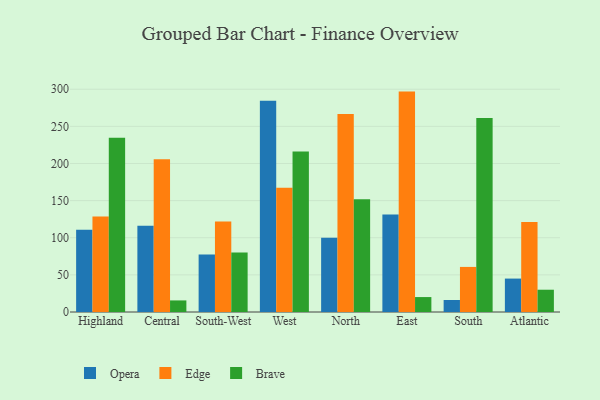
{"axis": {"x": "Region", "y": "Inventory Turnover"}, "legend": ["Brave", "Edge", "Opera"], "data": [{"x": "Highland", "y": 110.9, "type": "Opera"}, {"x": "Highland", "y": 128.7, "type": "Edge"}, {"x": "Highland", "y": 234.6, "type": "Brave"}, {"x": "Central", "y": 116.2, "type": "Opera"}, {"x": "Central", "y": 205.8, "type": "Edge"}, {"x": "Central", "y": 15.6, "type": "Brave"}, {"x": "South-West", "y": 77.6, "type": "Opera"}, {"x": "South-West", "y": 121.8, "type": "Edge"}, {"x": "South-West", "y": 80.1, "type": "Brave"}, {"x": "West", "y": 284.5, "type": "Opera"}, {"x": "West", "y": 167.4, "type": "Edge"}, {"x": "West", "y": 216.2, "type": "Brave"}, {"x": "North", "y": 100.1, "type": "Opera"}, {"x": "North", "y": 266.7, "type": "Edge"}, {"x": "North", "y": 151.7, "type": "Brave"}, {"x": "East", "y": 131.4, "type": "Opera"}, {"x": "East", "y": 296.8, "type": "Edge"}, {"x": "East", "y": 20.1, "type": "Brave"}, {"x": "South", "y": 16.2, "type": "Opera"}, {"x": "South", "y": 60.7, "type": "Edge"}, {"x": "South", "y": 261.3, "type": "Brave"}, {"x": "Atlantic", "y": 45.0, "type": "Opera"}, {"x": "Atlantic", "y": 121.1, "type": "Edge"}, {"x": "Atlantic", "y": 30.0, "type": "Brave"}]}